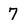
Character: 7